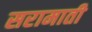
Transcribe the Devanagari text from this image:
सरामाती